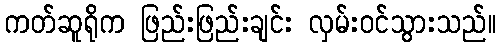
ကတ်ဆူရိုက ဖြည်းဖြည်းချင်း လှမ်းဝင်သွားသည်။